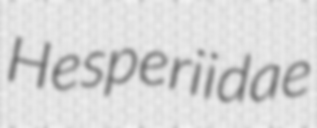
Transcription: Hesperiidae